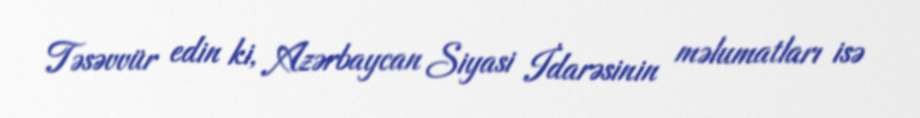
Təsəvvür edin ki, Azərbaycan Siyasi İdarəsinin məlumatları isə